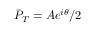
\bar { P } _ { T } = A e ^ { i \theta } / 2